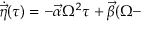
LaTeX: \dot { \vec { \eta } } ( \tau ) = - \vec { \alpha } \Omega ^ { 2 } \tau + \vec { \beta } ( \Omega -